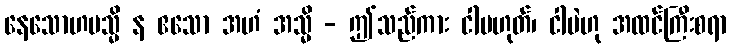
နေသောဟမသ္မိ န ဧသော အဟံ အသ္မိ - ဤသည်ကား ငါမဟုတ်၊ ငါပဲဟု အထင်ကြီးစရာ